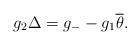
LaTeX: \begin{align*}g_2\Delta = g_- - g_1\overline \theta. \end{align*}